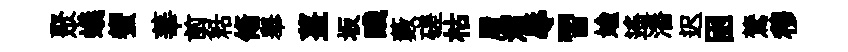
聚蟻蠁華剪䊀翛舉薑坂醆藪磋枯履濡辱習媮遙潘迟囦鷟穆